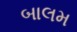
બાલમ